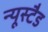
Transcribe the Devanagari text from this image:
न्यूस्टैड